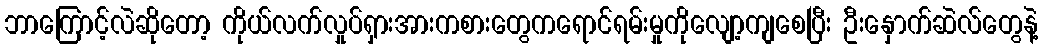
ဘာကြောင့်လဲဆိုတော့ ကိုယ်လက်လှုပ်ရှားအားကစားတွေကရောင်ရမ်းမှုကိုလျော့ကျစေပြီး ဦးနှောက်ဆဲလ်တွေနဲ့